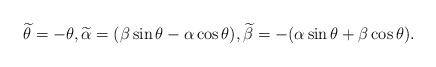
\begin{align*}\widetilde{\theta}=-\theta,\widetilde{\alpha}=(\beta\sin \theta-\alpha\cos \theta),\widetilde{\beta}=-(\alpha \sin \theta+\beta \cos \theta).\end{align*}